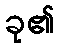
ခု၏